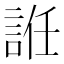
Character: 䛘